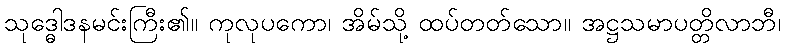
သုဒ္ဓေါဒနမင်းကြီး၏။ ကုလုပကော၊ အိမ်သို့ ထပ်တတ်သော။ အဋ္ဌသမာပတ္တိလာဘီ၊